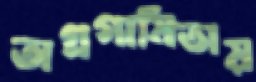
অগ্রগামিতায়